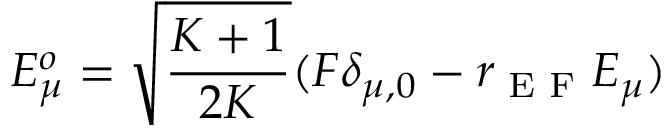
E _ { \mu } ^ { o } = \sqrt { \frac { K + 1 } { 2 K } } ( F \delta _ { \mu , 0 } - r _ { \textrm { E F } } E _ { \mu } )